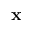
\mathbf { x }